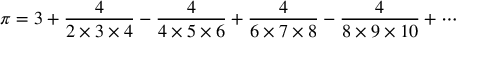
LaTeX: \pi = 3 + { \frac { 4 } { 2 \times 3 \times 4 } } - { \frac { 4 } { 4 \times 5 \times 6 } } + { \frac { 4 } { 6 \times 7 \times 8 } } - { \frac { 4 } { 8 \times 9 \times 1 0 } } + \cdots